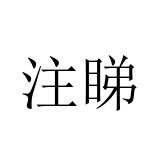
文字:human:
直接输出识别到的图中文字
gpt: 注睇